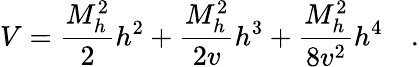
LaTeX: V={\frac{M_{h}^{2}}{2}}h^{2}+{\frac{M_{h}^{2}}{2v}}h^{3}+{\frac{M_{h}^{2}}{8v^{2}}}h^{4}\quad.